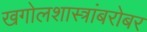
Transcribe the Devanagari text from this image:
खगोलशास्त्रांबरोबर